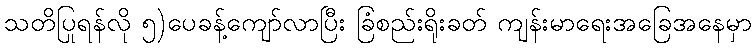
သတိပြုရန်လို ၅)ပေခန့်ကျော်လာပြီး ခြံစည်းရိုးခတ် ကျန်းမာရေးအခြေအနေမှာ